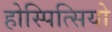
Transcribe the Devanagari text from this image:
होस्पित्सियो